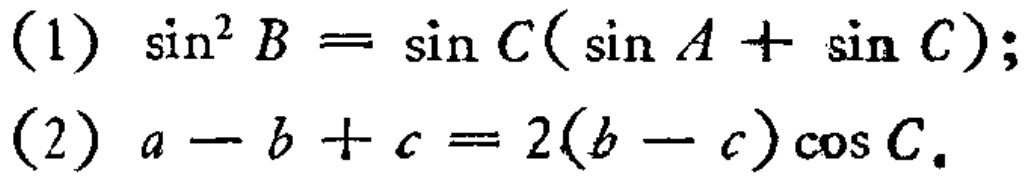
(1) \(\sin^{2}B = \sin C(\sin A+\sin C)\);
(2) \(a - b + c = 2(b - c)\cos C\).